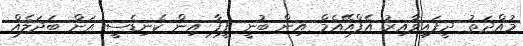
މުއްދަތު ދީފައިވާއިރު އެފްއޭއެމް އިން ބުނީ ފީފާ އިން ކެނިޑެސީ އަށް ބަދަލެއް